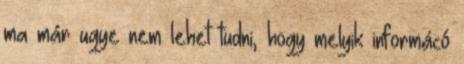
ma már ugye nem lehet tudni, hogy melyik informácó